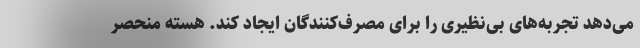
می‌دهد تجربه‌های بی‌نظیری را برای مصرف‌کنندگان ایجاد کند. هسته منحصر